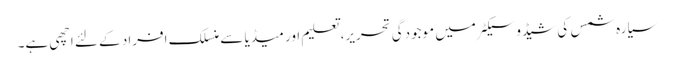
سیارہ شمس کی شیڈو سیکٹر میں موجودگی تحریر، تعلیم اور میڈیا سے منسلک افراد کے لئے اچھی ہے۔